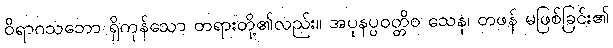
ဝိရာဂသဘော ရှိကုန်သော တရားတို့၏လည်း။ အပုနပ္ပဝတ္တိဝ သေန၊ တဖန် မဖြစ်ခြင်း၏